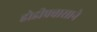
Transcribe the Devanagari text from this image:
होडीप्रवासाने